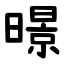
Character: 暻